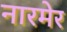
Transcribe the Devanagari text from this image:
नारमेर